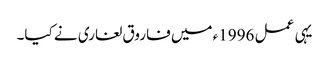
یہی عمل 1996ء میں فاروق لغاری نے کیا۔